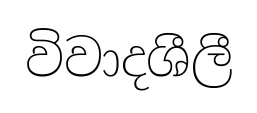
විවාදශීලී